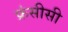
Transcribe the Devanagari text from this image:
फ्रंसीसी